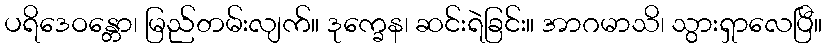
ပရိဒေဝန္တော၊ မြည်တမ်းလျက်။ ဒုက္ခေန၊ ဆင်းရဲခြင်း။ အာဂမာသိ၊ သွားရှာလေပြီ။